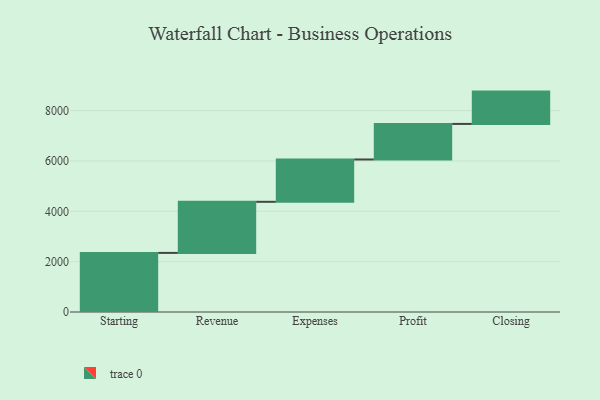
{"axis": {"x": "Step", "y": "Value"}, "legend": [""], "data": [{"x": "Starting", "y": 2348.0, "type": ""}, {"x": "Revenue", "y": 2030.0, "type": ""}, {"x": "Expenses", "y": 1681.0, "type": ""}, {"x": "Profit", "y": 1413.0, "type": ""}, {"x": "Closing", "y": 1284.0, "type": ""}]}